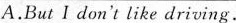
A.But I don't like driving.